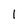
Character: l